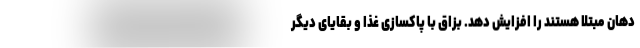
دهان مبتلا هستند را افزایش دهد. بزاق با پاکسازی غذا و بقایای دیگر